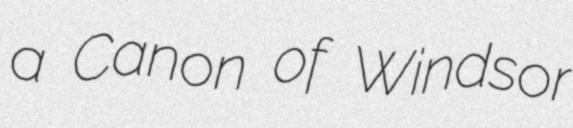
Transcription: a Canon of Windsor